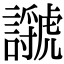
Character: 𧭣